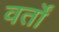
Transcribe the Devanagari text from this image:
वर्तों